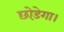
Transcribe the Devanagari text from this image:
छोड़ेगा।